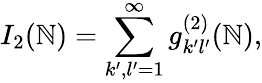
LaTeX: I_{2}(\mathbb{N})=\sum_{k^{\prime},l^{\prime}=1}^{\infty}g_{k^{\prime}l^{\prime}}^{(2)}(\mathbb{N}),